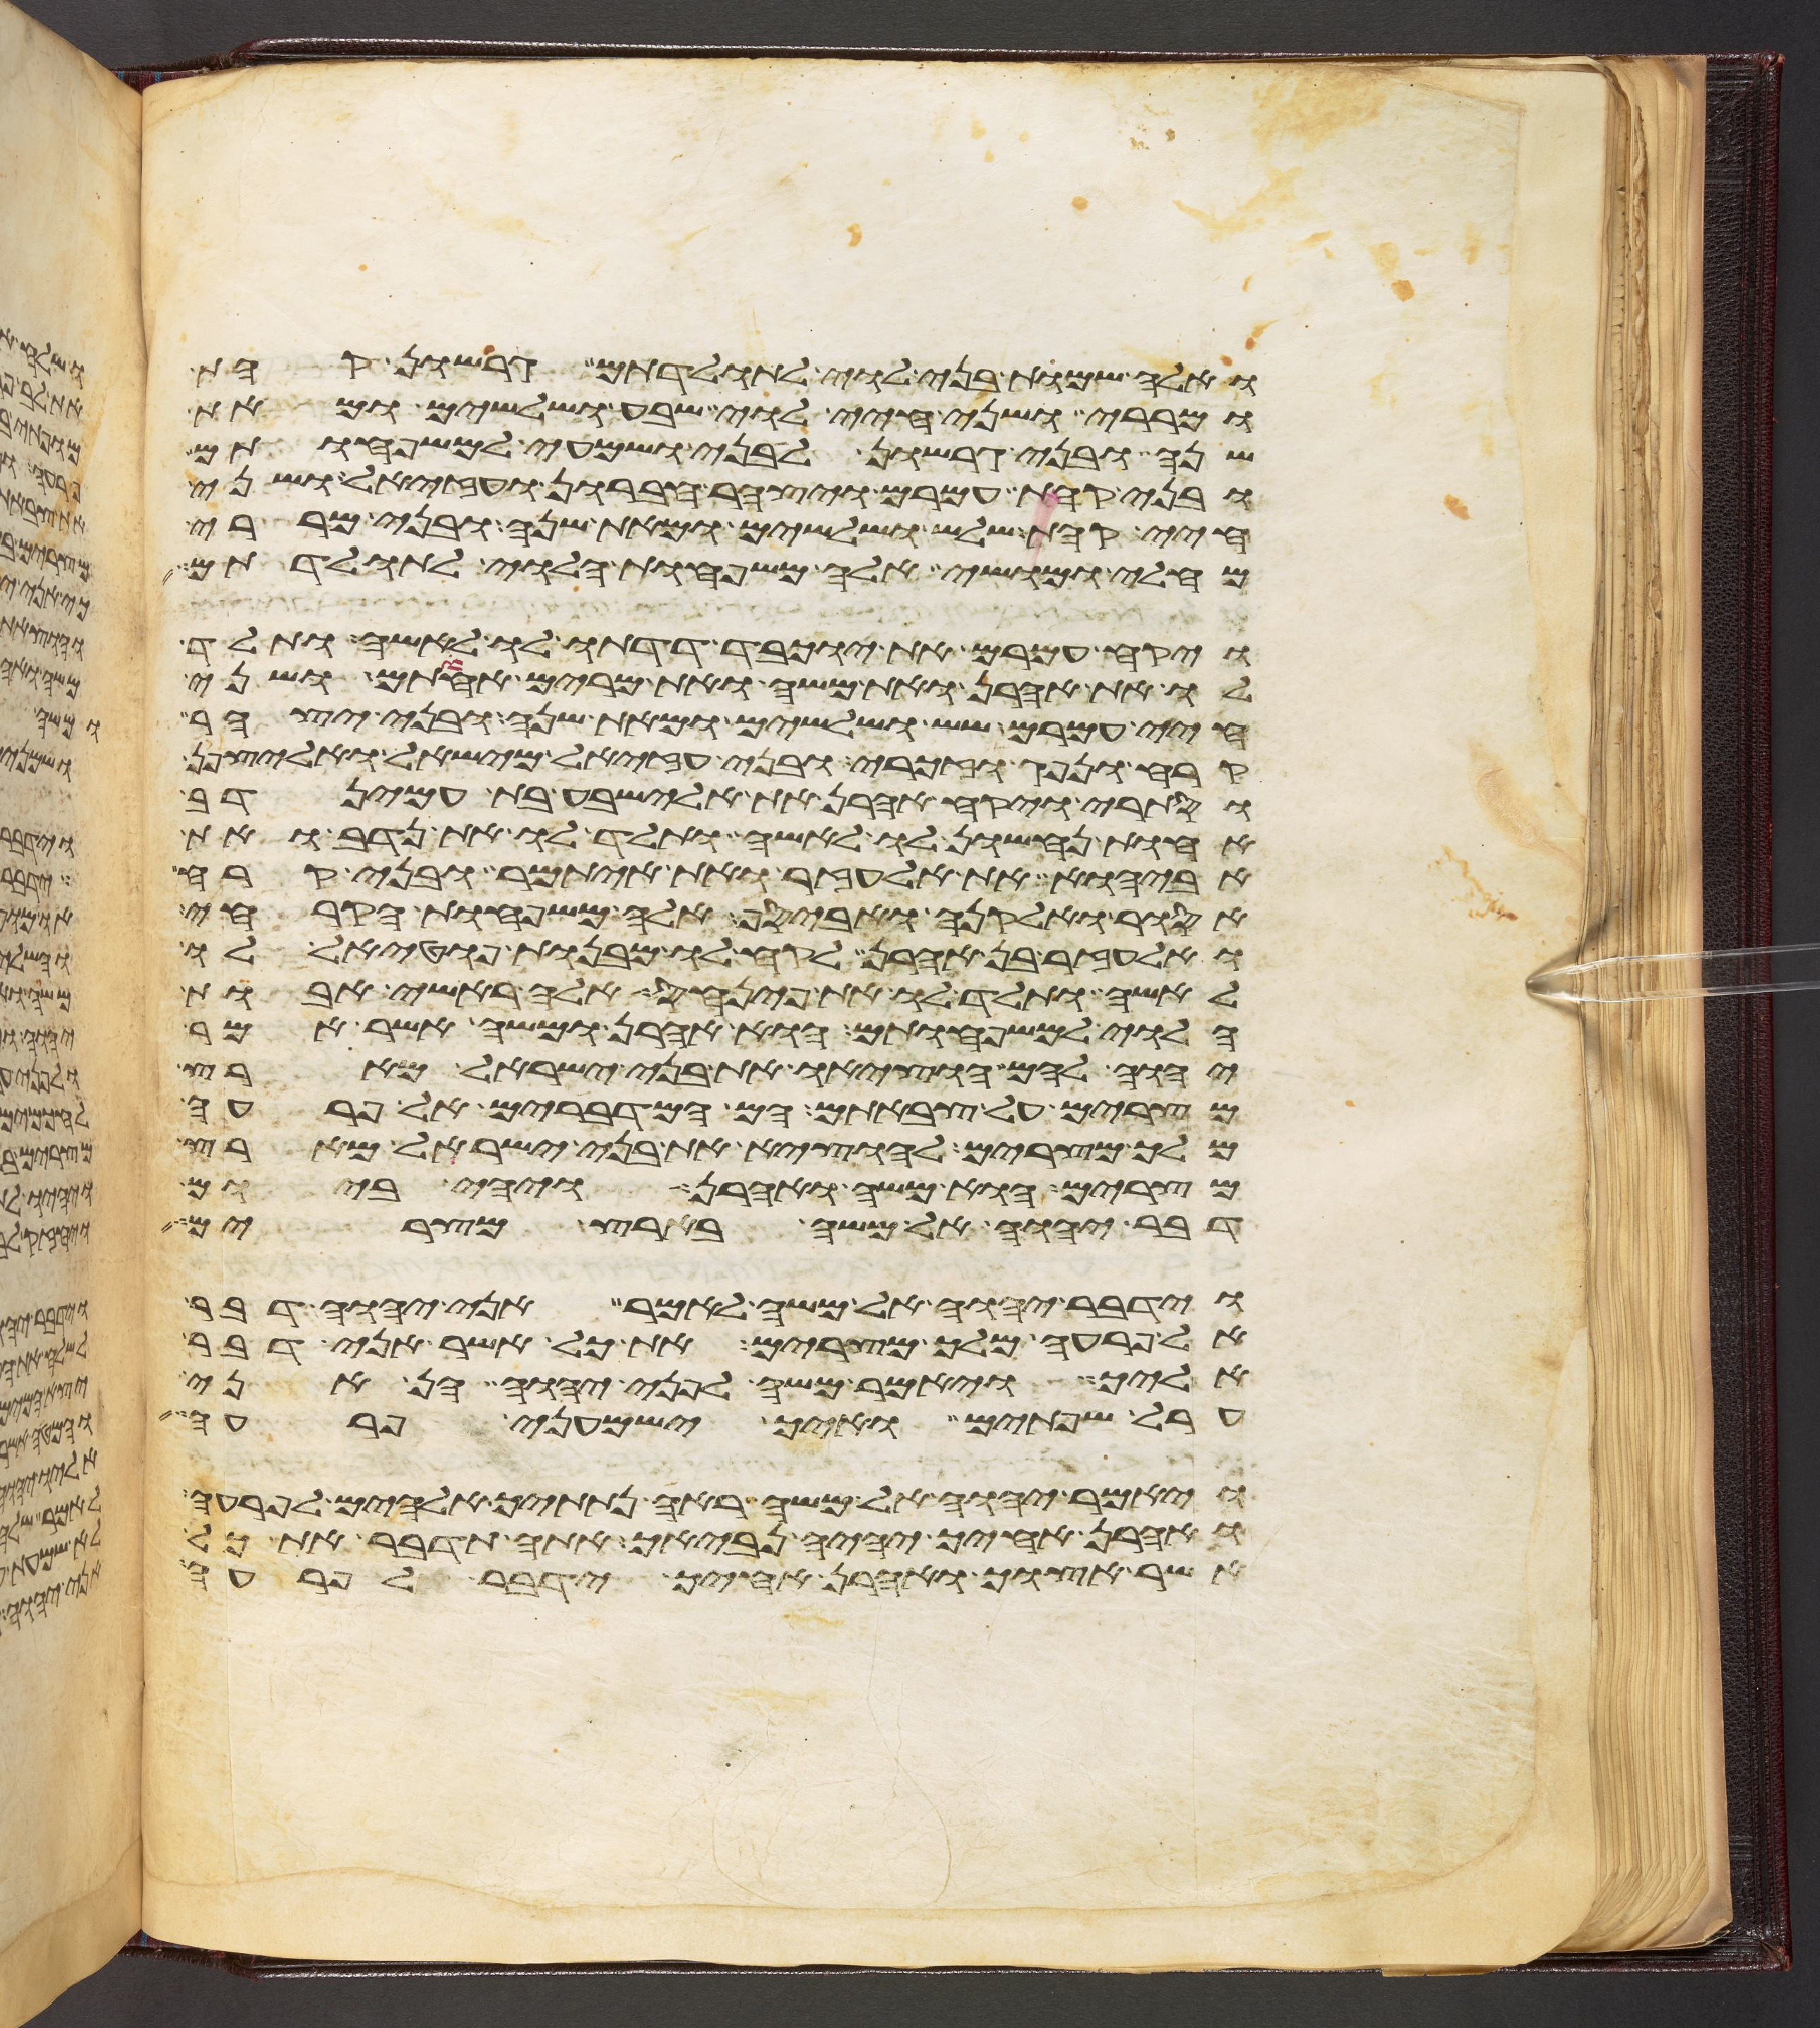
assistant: ואלה שמות בני לוי לתולדתם גרשון קהת
ומררי ושני חיי לוי שבע ושלשים ומאת
שנה ובני גרשון לבני ושמעי למשפחותם
ובני קהת עמרם ויצהר חברון ועזיאל ושני
חיי קהת שלש ושלשים ומאת שנה ובני מררי
מחלי ומושי אלה משפחות הלוי לתולדתם
ויקח עמרם את יוכבד דדתו לו לאשה ותלד
לו את אהרן ואת משה ואת מרים אחותם ושני
חיי עמרם שש ושלשים ומאת שנה ובני יצהר
קרח ונפג וזכרי ובני עזיאל מישאל ואליצפן
וסתרי ויקח אהרן את אלישבע בת עמינדב
אחות נחשון לו לאשה ותלד לו את נדב ואת
אביהוא את אלעזר ואת איתמר ובני קרח
אסור ואלקנה ואביסף אלה משפחות הקרחי
ואלעזר בן אהרן לקח לו מבנות פוטאל לו
לאשה ותלד לו את פינחס אלה ראשי אבות
הלוי למשפחותם הוא אהרן ומשה אשר אמר
יהוה להם הוציאו את בני ישראל מארץ
מצרים על צבאתם הם המדברים אל פרעה
מלך מצרים להוציא את בני ישראל מארץ
מצרים הוא משה ואהרן ויהי ביום
דבר יהוה אל משה בארץ מצרים
וידבר יהוה אל משה לאמר אני יהוה דבר
אל פרעה מלך מצרים את כל אשר אני דבר
אליך ויאמר משה לפני יהוה הן אני
ערל שפתים ואיך ישמעני פרעה
ויאמר יהוה אל משה ראה נתתיך אלהים לפרעה
ואהרן אחיך יהיה נביאך אתה תדבר את כל
אשר אצוך ואהרן אחיך ידבר אל פרעה